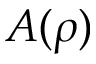
A ( \rho )